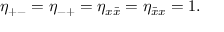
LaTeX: \eta _ { + - } = \eta _ { - + } = \eta _ { x \bar { x } } = \eta _ { { \bar { x } } x } = 1 .